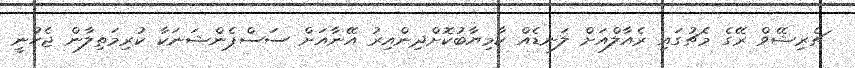
ޗެރިޝޭވް ރޭގެ މެޗުގައި ރެއާލްއަށް ލަނޑެއް ކާމިޔާބުކޮށްދިންއިރު އޭނާއަށް ސަސްޕެންޝަނަކާ ކުރިމަތިލާން ޖެހުނީ